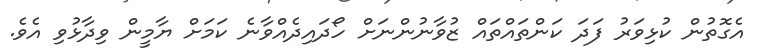
އެގޮތުން ކުޅިވަރު ފަދަ ކަންތައްތައް ޒުވާނުންނަށް ހޯދައިދެއްވާނެ ކަމަށް ޔާމީން ވިދާޅުވި އެވެ.